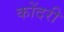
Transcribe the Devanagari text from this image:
कोंदरी